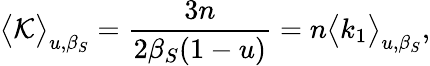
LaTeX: \big<\mathcal{K}\big>_{u,\beta_{S}}=\frac{3n}{2\beta_{S}(1-u)}=n\big<k_{1}\big>_{u,\beta_{S}},